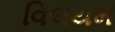
વિલયમ